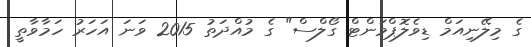
ގެ މިލޭނިއަމް ޑިވެލޮޕްމަންޓް ގޯލްސް" ގެ މުއްދަތު 2015 ވަނަ އަހަރު ހަމާވާތީ